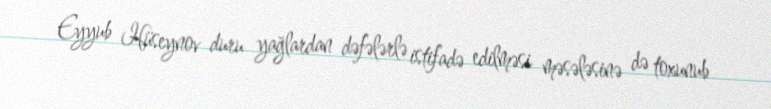
Eyyub Hüseynov duru yağlardan dəfələrlə istifadə edilməsi məsələsinə də toxunub